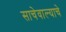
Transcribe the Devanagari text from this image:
साचेवाल्याचे